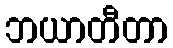
ဘယာတီတာ